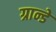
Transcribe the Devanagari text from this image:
ग्रान्डे